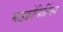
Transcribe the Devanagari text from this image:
माइक्रोफिल्मिंग